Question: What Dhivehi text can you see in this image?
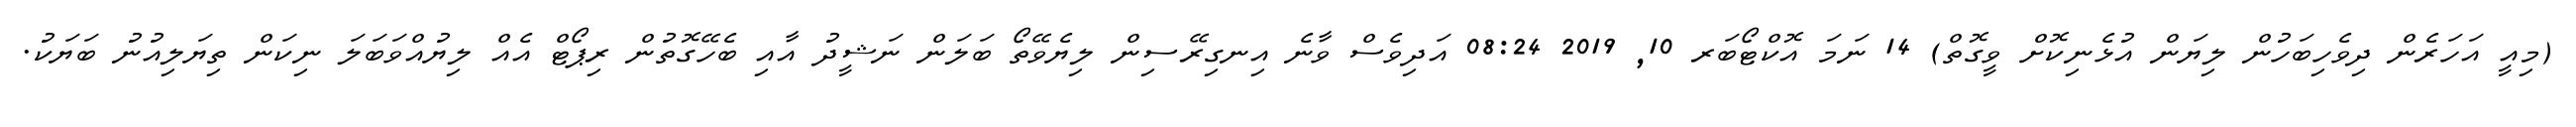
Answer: (މިއީ އަހަރެން ދިވެހިބަހުން ލިޔަން އުޅެނިކޮށް ވީގޮތް) 14 ނަމަ އޮކްޓޯބަރ 10, 2019 08:24 އަދިވެސް ވާނެ އިނގިރޭސިން ލިޔެވޭތޯ ބަލަން ނަޝީދު އާއި ބެހޭގޮތުން ރިޕޯޓް އެއް ލިޔުއްވަބަލަ ނިކަން ތިޔަލިއުނު ބަޔަކު.